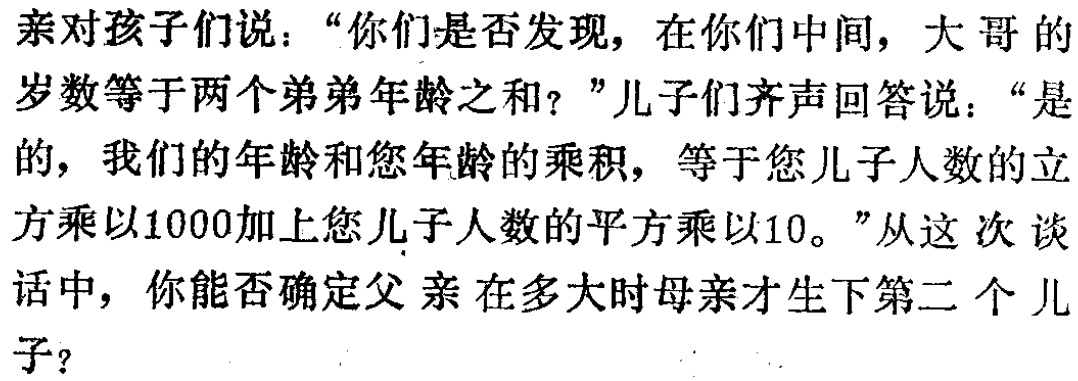
父亲对孩子们说：“你们是否发现，在你们中间，大哥的岁数等于两个弟弟年龄之和？”儿子们齐声回答说：“是的，我们的年龄和您年龄的乘积，等于您儿子人数的立方乘以1000加上您儿子人数的平方乘以10。”从这次谈话中，你能否确定父亲在多大时母亲才生下第二个儿子？